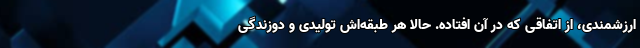
ارزشمندی، از اتفاقی که در آن افتاده. حالا هر طبقه‌اش تولیدی و دوزندگی